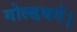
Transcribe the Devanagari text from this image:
गोल्डबर्ग।